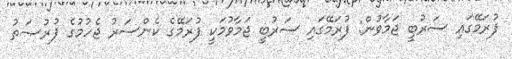
ފުރަމޭގައި ސަރުބީ ޖަމާވުން: ފުރަމޭގައި ސަރުބީ ޖަމާވުމަކީ ފުރަމޭގެ ކެންސަރު ޖެހުމުގެ ފުރުޞަތު